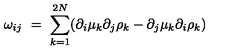
\omega _ { i j } \ = \ \sum _ { k = 1 } ^ { 2 N } ( \partial _ { i } \mu _ { k } \partial _ { j } \rho _ { k } - \partial _ { j } \mu _ { k } \partial _ { i } \rho _ { k } )